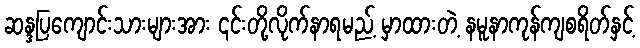
ဆန္ဒပြကျောင်းသားများအား ၎င်းတို့လိုက်နာရမည့် မှာထားတဲ့ နမူနာကုန်ကျစရိတ်နှင့်